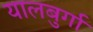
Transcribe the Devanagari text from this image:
यालबुर्गा